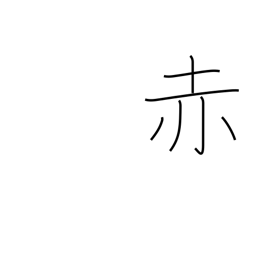
Meaning: red